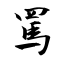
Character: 罵